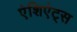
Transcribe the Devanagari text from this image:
एंशिएंट्स